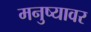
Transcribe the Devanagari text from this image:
मनुष्यावर